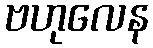
ဗဟုလေန